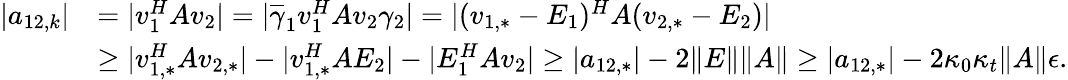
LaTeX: \begin{array}{rl}{|a_{12,k}|}&{=|v_{1}^{H}Av_{2}|=|\overline{{\gamma}}_{1}v_{1}^{H}Av_{2}\gamma_{2}|=|(v_{1,*}-E_{1})^{H}A(v_{2,*}-E_{2})|}\\ &{\geq|v_{1,*}^{H}Av_{2,*}|-|v_{1,*}^{H}AE_{2}|-|E_{1}^{H}Av_{2}|\geq|a_{12,*}|-2\| E\| \| A\| \geq|a_{12,*}|-2\kappa_{0}\kappa_{t}\| A\| \epsilon.}\end{array}